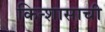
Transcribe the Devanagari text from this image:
किन्शासाची